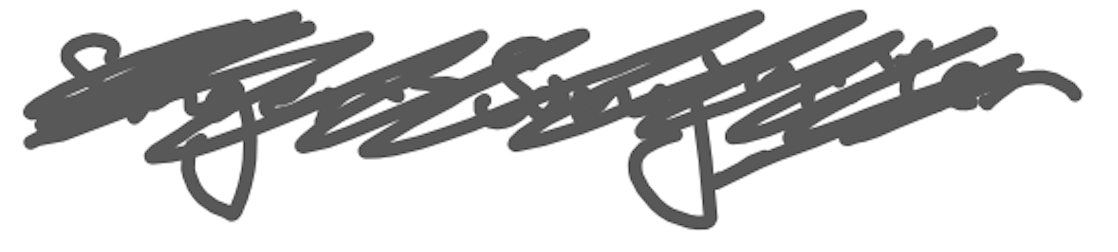
Text: singer-songwriter
Cross-out: scratch
Writing tool: digital_gray